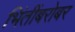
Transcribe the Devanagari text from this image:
भिंतींबरोबर